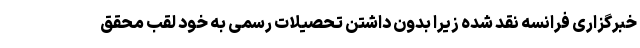
خبرگزاری‌ فرانسه نقد شده زیرا بدون داشتن تحصیلات رسمی به خود لقب محقق